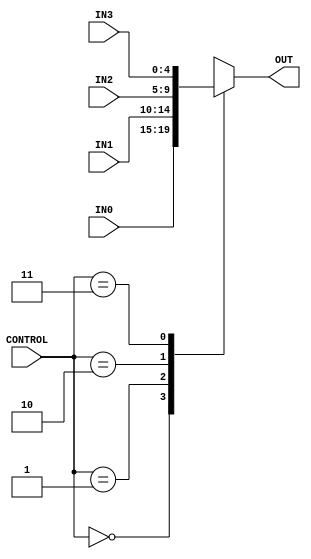
`timescale 1ns / 1ps
//////////////////////////////////////////////////////////////////////////////////
// Company: 
// Engineer: 
// 
// Design Name: 
// Module Name: Multiplexer_4way
// Project Name: 
// Target Devices: 
// Tool Versions: 
// Description: 
// 
// Dependencies: 
// 
// Revision:
// Revision 0.01 - File Created
// Additional Comments:
// 
//////////////////////////////////////////////////////////////////////////////////


module Multiplexer_4way(
    input [1:0] CONTROL,
    input [4:0] IN0,
    input [4:0] IN1,
    input [4:0] IN2,
    input [4:0] IN3,
    output reg [4:0] OUT
    );
    
    
    always@(CONTROL or IN0 or IN1 or IN2 or IN3) begin
        case(CONTROL)
            2'b00 : OUT <= IN0; 
            2'b01 : OUT <= IN1;
            2'b10 : OUT <= IN2;
            2'b11 : OUT <= IN3;
            default : OUT <= 5'b00000;
        endcase
     end
    
endmodule